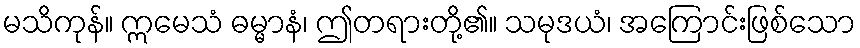
မသိကုန်။ ဣမေသံ ဓမ္မာနံ၊ ဤတရားတို့၏။ သမုဒယံ၊ အကြောင်းဖြစ်သော